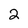
Character: 2